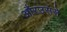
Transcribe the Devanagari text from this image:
औरउससे